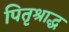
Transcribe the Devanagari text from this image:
पितृश्राद्ध